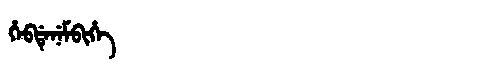
Manchu: ᡥᡝᠪᡩᡝᠨᡝᠮᠪᡳᡥᡝ
Romanization: HEBDENEMBIHE